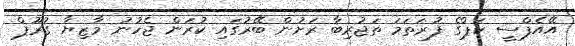
އޭއެފްސީ ކަޕްގެ ފުރަތަމަ ތަޖުރިބާ ރަށުން ބޭރުގައި ކުރަން ޖެހުނު މާޒިޔާ ގުރޫޕް